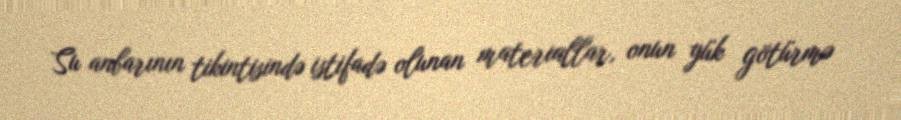
Su anbarının tikintisində istifadə olunan materiallar, onun yük götürmə